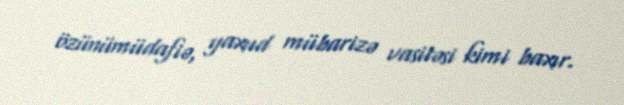
özünümüdafiə, yaxud mübarizə vasitəsi kimi baxır.